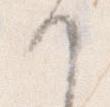
か